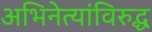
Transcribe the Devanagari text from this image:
अभिनेत्यांविरुद्ध